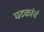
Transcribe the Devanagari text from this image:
घटकांचं